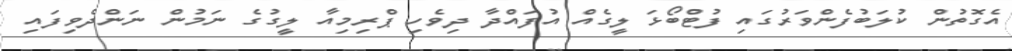
އެގޮތުން ކުލަބުފެންވަރުގައި ފުޓްބޯޅަ ލީގެއް އުފައްދާ ދިވެހި ޕްރިމިއާ ލީގުގެ ނަމުން ނަންދެވިފައި